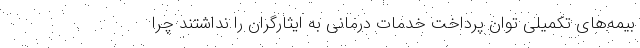
بیمه‌های تکمیلی توان پرداخت خدمات درمانی به ایثارگران را نداشتند چرا